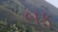
બફ